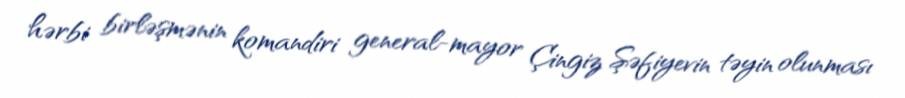
hərbi birləşmənin komandiri general-mayor Çingiz Şəfiyevin təyin olunması